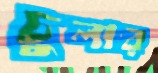
চুলার